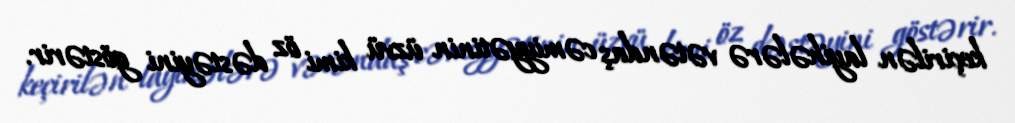
keçirilən layihələrə vətəndaş cəmiyyətinin üzvü kimi öz dəstəyini göstərir.